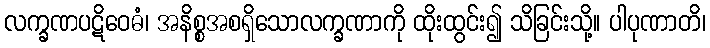
လက္ခဏပဋိဝေဓံ၊ အနိစ္စအစရှိသောလက္ခဏာကို ထိုးထွင်း၍ သိခြင်းသို့။ ပါပုဏာတိ၊